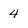
Character: 4